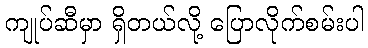
ကျုပ်ဆီမှာ ရှိတယ်လို့ ပြောလိုက်စမ်းပါ